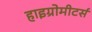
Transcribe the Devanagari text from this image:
हाइग्रोमीटर्स